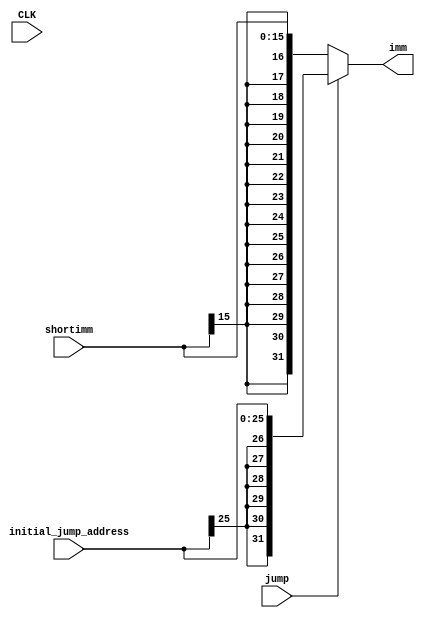
module Sign_extend1(
    input [15:0] shortimm,
    input [25:0] initial_jump_address,
    input CLK,
    input jump,
    output reg [31:0]imm
    );
    
    
    always@(*)begin
        if(jump)
            imm={{6{initial_jump_address[25]}},initial_jump_address[25:0]};
        else
            imm={{16{shortimm[15]}},shortimm[15:0]};
    end
endmodule